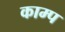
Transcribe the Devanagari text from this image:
काम्प